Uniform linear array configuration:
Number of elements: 12
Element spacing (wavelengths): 0.25
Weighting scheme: binomial
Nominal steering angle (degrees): -60
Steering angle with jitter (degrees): -59.908
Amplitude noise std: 0.05
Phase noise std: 0.05

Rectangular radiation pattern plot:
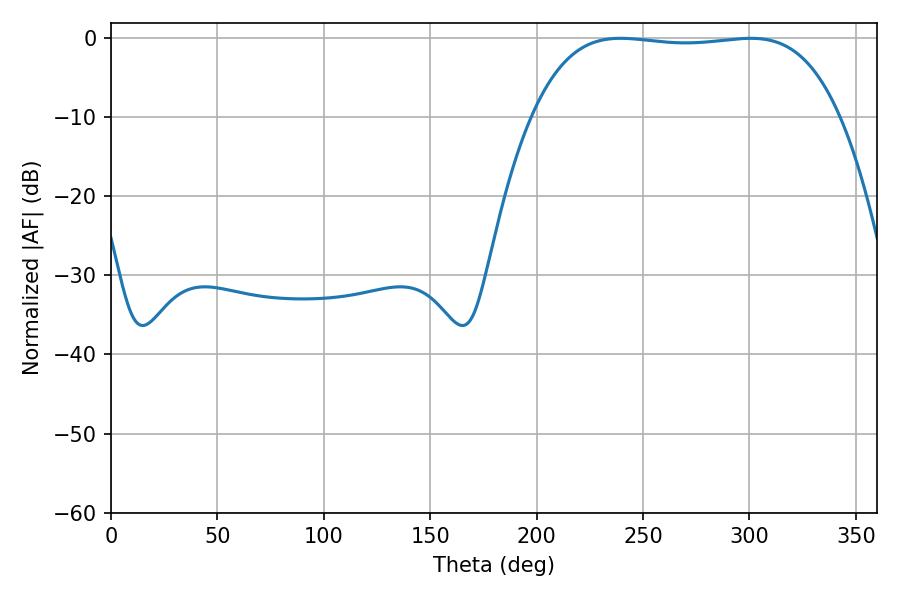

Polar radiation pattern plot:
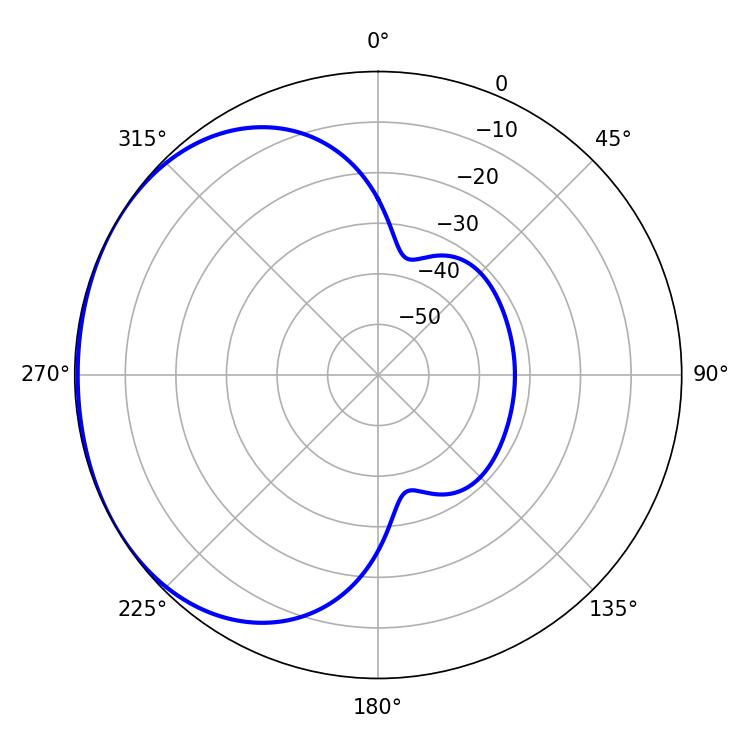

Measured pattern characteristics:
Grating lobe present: FALSE
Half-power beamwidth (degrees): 113.4
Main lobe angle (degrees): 239.4